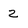
Character: 2